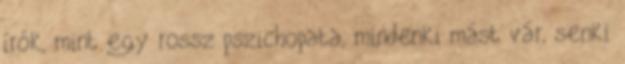
írók, mint egy rossz pszichopata, mindenki mást vár, senki